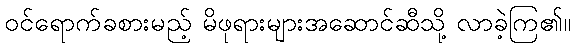
ဝင်ရောက်ခစားမည့် မိဖုရားများအဆောင်ဆီသို့ လာခဲ့ကြ၏။